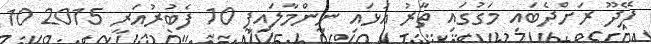
ފޭދޫ ރަށްދެބައި މަގުގައި ތާރު އަޅައި ނިންމާލައިފި 10 ފެބުރުއަރީ 2015 10